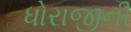
ધોરાજીની